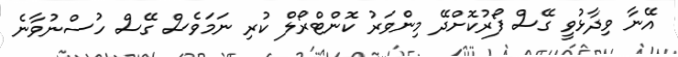
އޭނާ ވިދާޅުވީ ގޭސް ފޯރުކޮށްދޭ މިންވަރު ކޮންޓްރޯލް ކުރި ނަމަވެސް ގޭސް ހުސްނުވާނެ